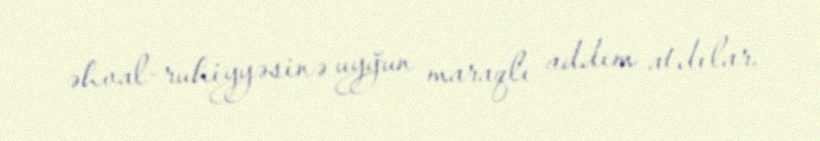
əhval-ruhiyyəsinə uyğun maraqlı addım atdılar.